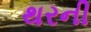
થરની